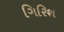
ગિરિશ